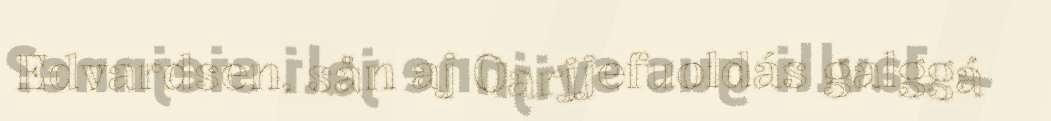
Edvardsen, sån aj Oarjjefuoldás galggá